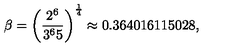
\beta = \left( { \frac { 2 ^ { 6 } } { 3 ^ { 6 } 5 } } \right) ^ { \frac { 1 } { 4 } } \approx 0 . 3 6 4 0 1 6 1 1 5 0 2 8 ,